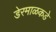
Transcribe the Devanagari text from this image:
डेरमाळकडे